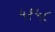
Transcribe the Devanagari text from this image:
५१५८